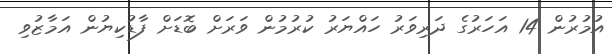
އުމުރުން 14 އަހަރުގެ ދަރިވަރު ހައްޔަރު ކުރުމުން ވަރަށް ބޮޑަށް ފާޑުކިޔުން އަމާޒުވި